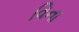
વિના